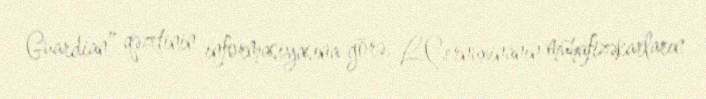
Guardian” qəzetinin informasiyasına görə, L.Çernuxinanın mühafizəkarların